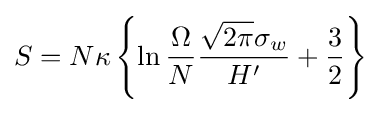
S=N\kappa \left\{\ln {\frac {\Omega }{N}}{\frac {{\sqrt {2\pi }}\sigma _{w}}{H'}}+{\frac {3}{2}}\right\}